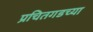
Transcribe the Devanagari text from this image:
प्रचितगडच्या